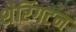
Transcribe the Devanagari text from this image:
शेरिंगटन